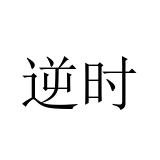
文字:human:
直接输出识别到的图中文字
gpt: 逆时